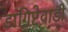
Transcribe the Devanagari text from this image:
डांगिष्टेवाडी